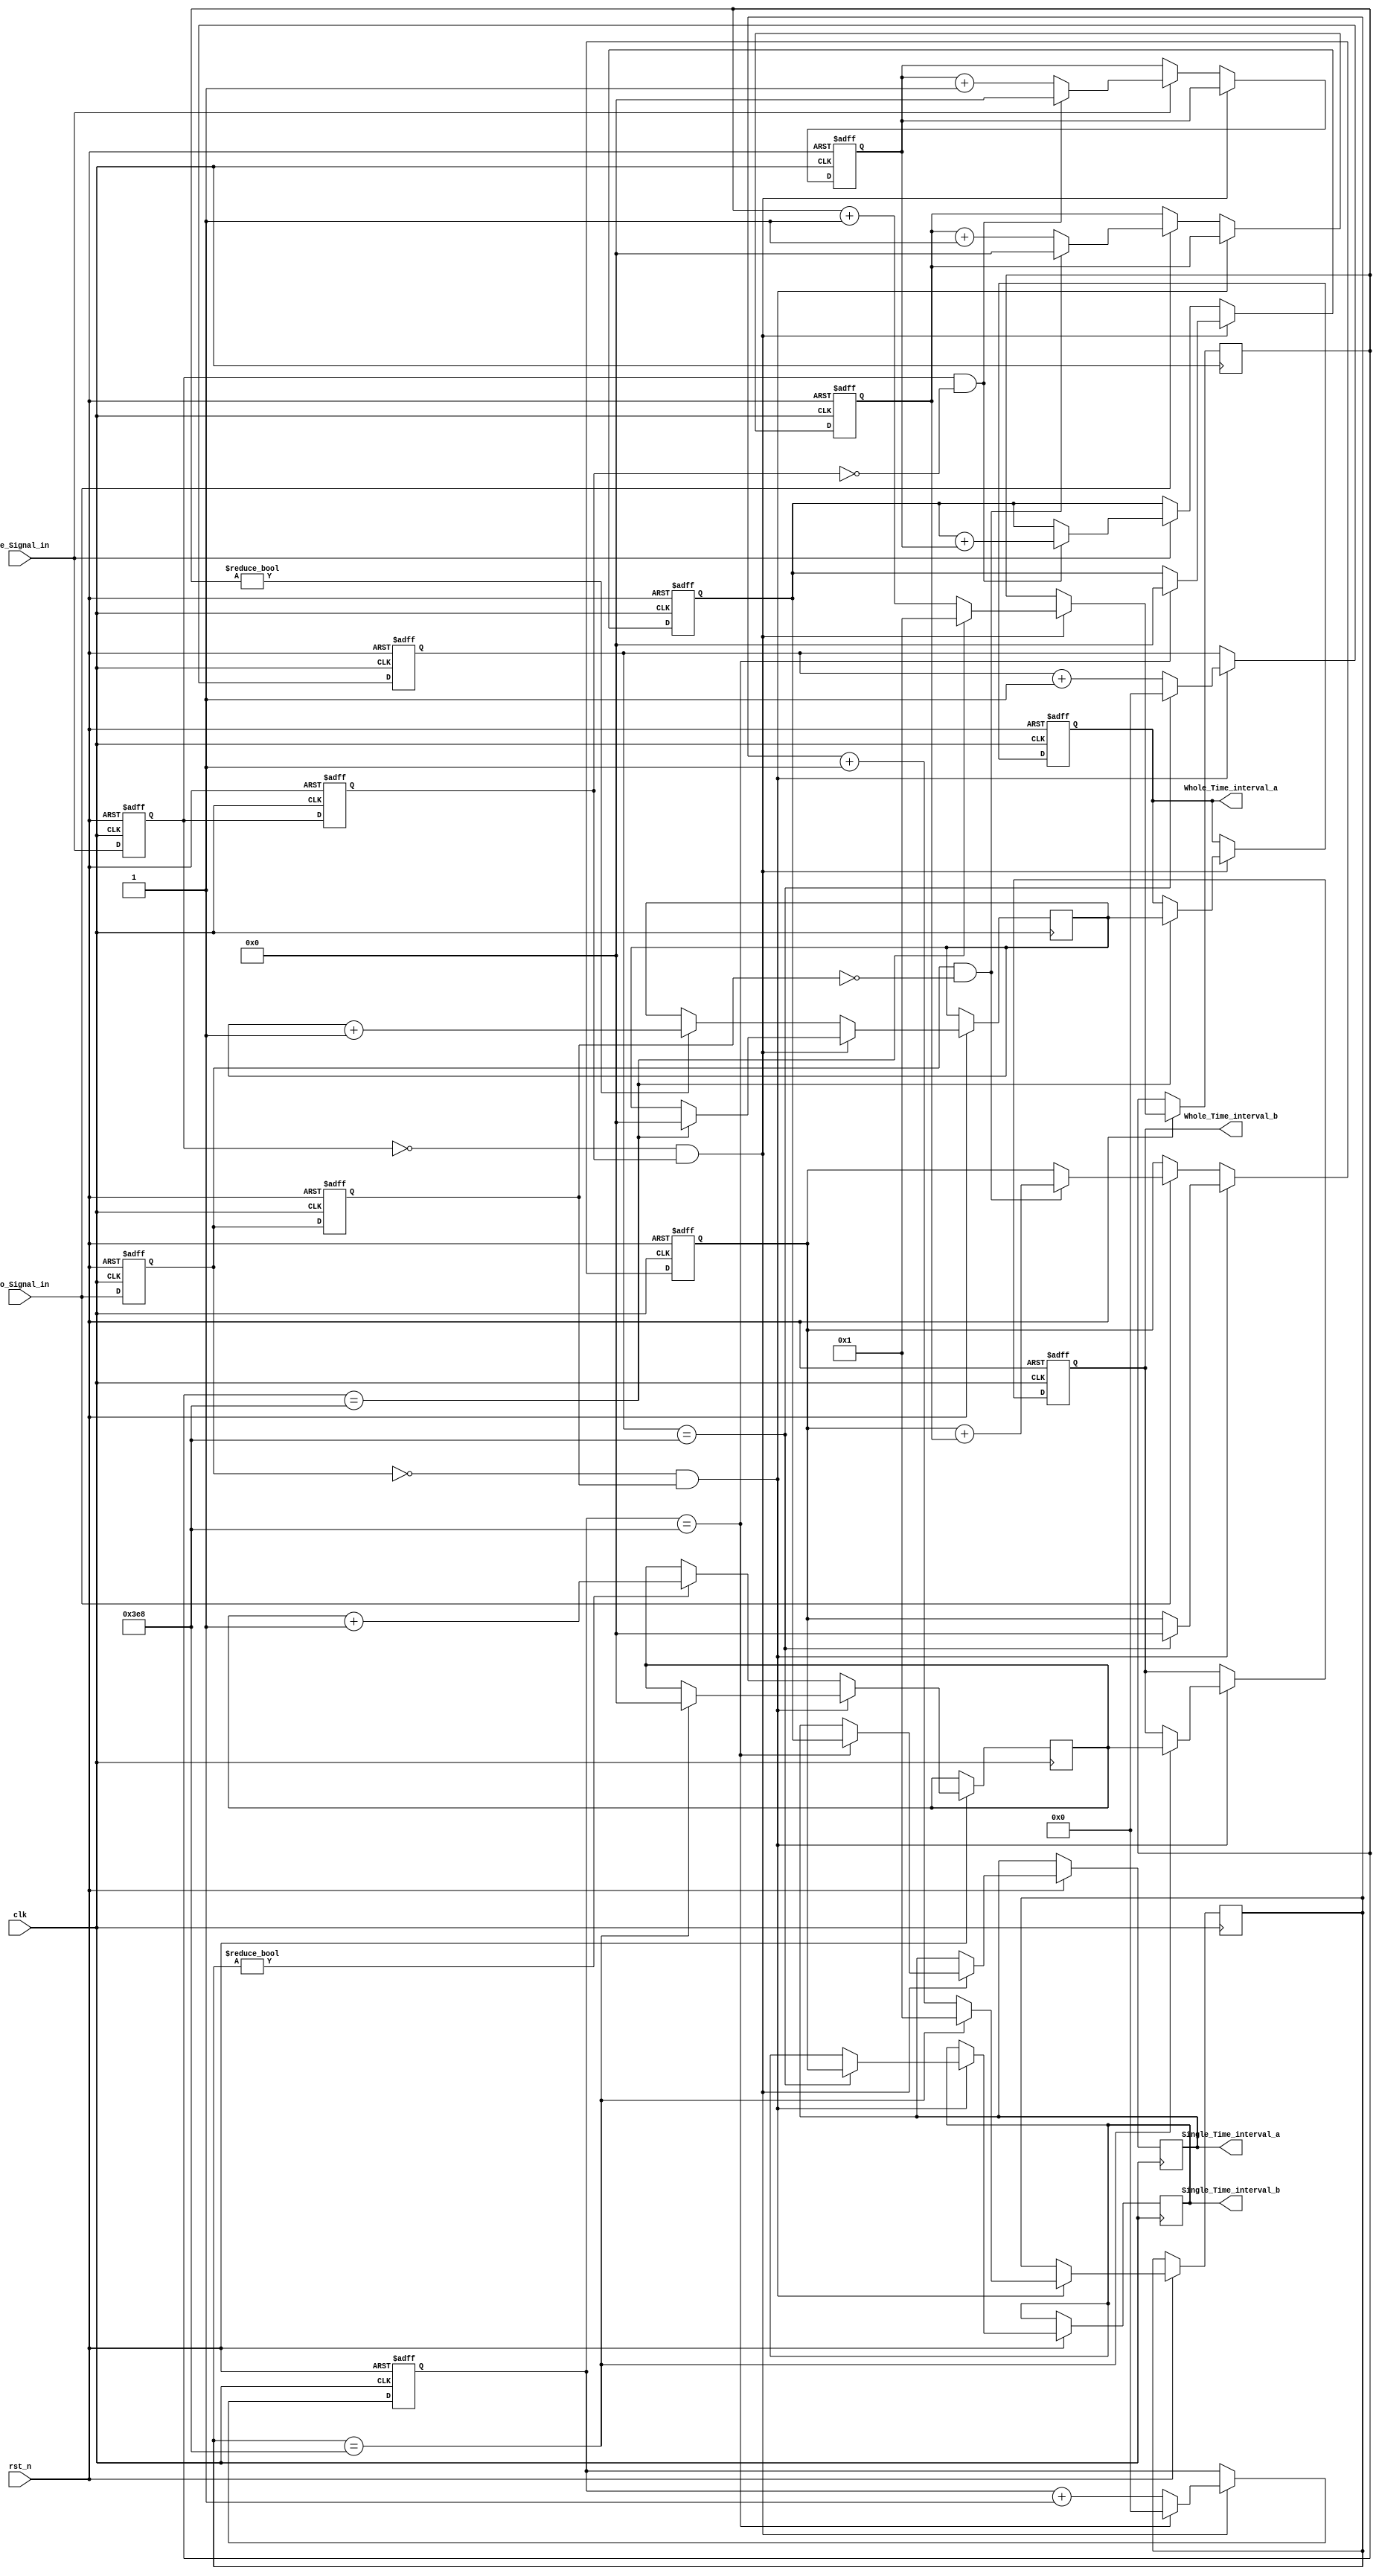
/* ==================================================================
* Family:				Cyclone V
* Device:				5CSEMA5F31C6
* Stage:				   DE1-SOC			
* Version:				Quartus II 64-Bit Version & 13.1.0 Build 162 10/23/2013 SJ Full Version
* Address:				Lab
* Data:					2017/6/22
* Function:				Uart
* 
* ==================================================================*/

module Duty_Cycle(
	
	input wire 		clk,	
	input	wire		rst_n,
	
	input wire 		One_Signal_in,  //A
	input wire		Two_Signal_in,   //B
			
	output reg [31:0] Single_Time_interval_a,  //A1000
	output wire [31:0] Whole_Time_interval_a,   //A
	output reg [31:0] Single_Time_interval_b,  //b1000
	output wire [31:0] Whole_Time_interval_b    //b1000
);


//====================================================================
// ********** Define Parameter and Internal Signals *************
//====================================================================



//====================================================================
// ************************* Main Code *************************
//====================================================================

	/************************* & ****************************/
	//A
	reg One_flag1;
	reg One_flag2;
	
	always @(posedge clk or negedge rst_n)
	if(!rst_n) begin 
		One_flag1 <= 1'b0;
		One_flag2 <= 1'b0;
	end 
	else begin 
		One_flag1 <= One_Signal_in;
		One_flag2 <= One_flag1;
	end 
	
	assign One_Rising_edge = (~One_flag1) & One_flag2;
	assign One_falling_edge = One_flag1 & (~One_flag2);
	
	
	//B
	reg Two_flag1;
	reg Two_flag2;
	
	always @(posedge clk or negedge rst_n)
	if(!rst_n) begin 
		Two_flag1 <= 1'b0;
		Two_flag2 <= 1'b0;
	end 
	else begin 
		Two_flag1 <= Two_Signal_in;
		Two_flag2 <= Two_flag1;
	end 
	
	assign Two_Rising_edge = (~Two_flag1) & Two_flag2;
	assign Two_falling_edge = Two_flag1 & (~Two_flag2);
	
	
	
	/************************* 1 ****************************/
	//A
	
	reg [9:0] SignalCount_a ;	//1000
	reg [31:0] Numcount_a;		//
	reg [31:0] r_Single_TimePeriod_a;	//1000
	
	always @(posedge clk or negedge rst_n)
	if(!rst_n) begin 
		SignalCount_a <= 10'd0;
		r_Single_TimePeriod_a  <= 32'd0;
		Numcount_a		<= 32'd0;
	end 
	else begin  
		if(One_Rising_edge) begin 
			SignalCount_a <= SignalCount_a + 1'b1;
			if(SignalCount_a == 10'd1000) begin 
				SignalCount_a <= 10'd0;
				Single_Time_interval_a <= r_Single_TimePeriod_a;
				r_Single_TimePeriod_a <= 10'd0;
			end 
		end 
		else if(One_Signal_in) begin 
			Numcount_a <= Numcount_a + 1'b1;
			if(One_falling_edge) begin 
				r_Single_TimePeriod_a <= r_Single_TimePeriod_a + Numcount_a;
				Numcount_a <= 32'd0;
			end 
		end 
	end 
	
	
	//A
	
	reg [9:0] count_TimePeriod_a;
	reg [31:0] count_wait_TimePeriod_a;
	reg [31:0] TimePeriod_a;
	
	always @(posedge clk or negedge rst_n)
	if(!rst_n)
		TimePeriod_a <= 32'd0;
	else if(One_Rising_edge) begin 
		count_TimePeriod_a <= count_TimePeriod_a + 32'd1;
		if(count_TimePeriod_a == 10'd1000) begin
			TimePeriod_a <= count_wait_TimePeriod_a;
			count_TimePeriod_a <= 10'd1;
			count_wait_TimePeriod_a <= 32'd0;
		end 
	end 
	else begin 
		if(count_TimePeriod_a)
			count_wait_TimePeriod_a <= count_wait_TimePeriod_a + 32'd1;
		end 

	assign Whole_Time_interval_a = TimePeriod_a;		//A
	
	
	/************************* 2 ****************************/
	//B
	
	reg [9:0] SignalCount_b ;	//1000
	reg [31:0] Numcount_b;		//
	reg [31:0] r_Single_TimePeriod_b;	//1000
	
	always @(posedge clk or negedge rst_n)
	if(!rst_n) begin 
		SignalCount_b <= 10'd0;
		r_Single_TimePeriod_b  <= 32'd0;
		Numcount_b		<= 32'd0;
	end 
	else begin  
		if(Two_Rising_edge) begin 
			SignalCount_b <= SignalCount_b + 1'b1;
			if(SignalCount_b == 10'd1000) begin 
				SignalCount_b <= 10'd0;
				Single_Time_interval_b <= r_Single_TimePeriod_b;
				r_Single_TimePeriod_b <= 10'd0;
			end 
		end 
		else if(Two_Signal_in) begin 
			Numcount_b <= Numcount_b + 1'b1;
			if(Two_falling_edge) begin 
				r_Single_TimePeriod_b <= r_Single_TimePeriod_b + Numcount_b;
				Numcount_b <= 32'd0;
			end 
		end 
	end 
	
	
	//B
	
	reg [9:0] count_TimePeriod_b;
	reg [31:0] count_wait_TimePeriod_b;
	reg [31:0] TimePeriod_b;
	
	always @(posedge clk or negedge rst_n)
	if(!rst_n)
		TimePeriod_b <= 32'd0;
	else if(Two_Rising_edge) begin 
		count_TimePeriod_b <= count_TimePeriod_b + 32'd1;
		if(count_TimePeriod_b == 10'd1000) begin
			TimePeriod_b <= count_wait_TimePeriod_b;
			count_TimePeriod_b <= 10'd1;
			count_wait_TimePeriod_b <= 32'd0;
		end 
	end 
	else begin 
		if(count_TimePeriod_b)
			count_wait_TimePeriod_b <= count_wait_TimePeriod_b + 32'd1;
		end 

	assign Whole_Time_interval_b = TimePeriod_b;		//A

endmodule